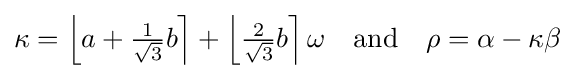
\kappa =\left\lfloor a+{\tfrac {1}{\sqrt {3}}}b\right\rceil +\left\lfloor {\tfrac {2}{\sqrt {3}}}b\right\rceil \omega \ \ {\text{ and }}\ \ \rho ={\alpha }-\kappa \beta